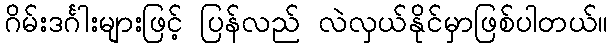
ဂိမ်းဒင်္ဂါးများဖြင့် ပြန်လည် လဲလှယ်နိုင်မှာဖြစ်ပါတယ်။